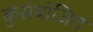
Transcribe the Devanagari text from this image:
कुसंयोजित